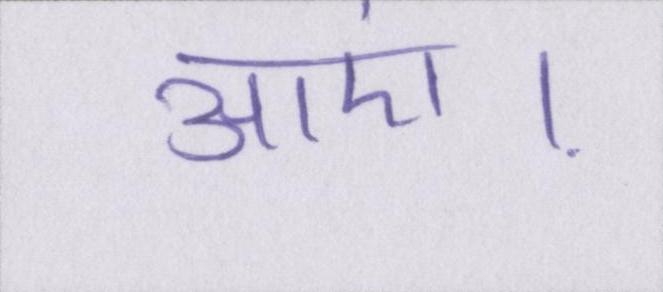
आएं।